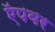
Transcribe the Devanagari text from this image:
ऍपवर